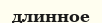
длинное